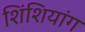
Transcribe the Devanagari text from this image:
शिंशियांग